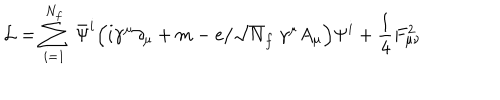
{ \cal L } = \sum _ { i = 1 } ^ { N _ { f } } ~ \bar { { \Psi } } ^ { i } \Big ( i \gamma ^ { \mu } \partial _ { \mu } + m - e / \sqrt N _ { f } ~ \gamma ^ { \mu } A _ { \mu } \Big ) \Psi ^ { i } + \frac { 1 } { 4 } F _ { { \mu } { \nu } } ^ { 2 }